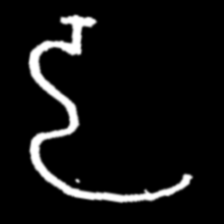
Pyu character \u2014 Myanmar letter: ဠ (romanized: lla)